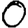
Digit: 0